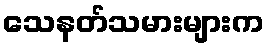
သေနတ်သမားများက